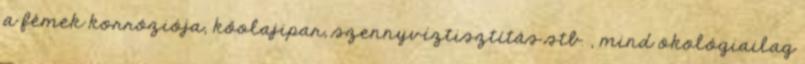
a fémek korróziója, kőolajipar, szennyvíztisztítás stb. , mind ökológiailag